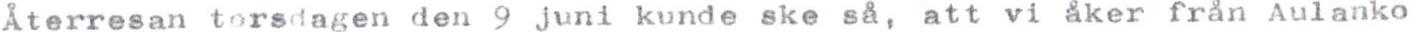
Återresan torsdagen den 9 juni kunde ske så, att vi åker från Aulanko